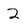
Character: 2